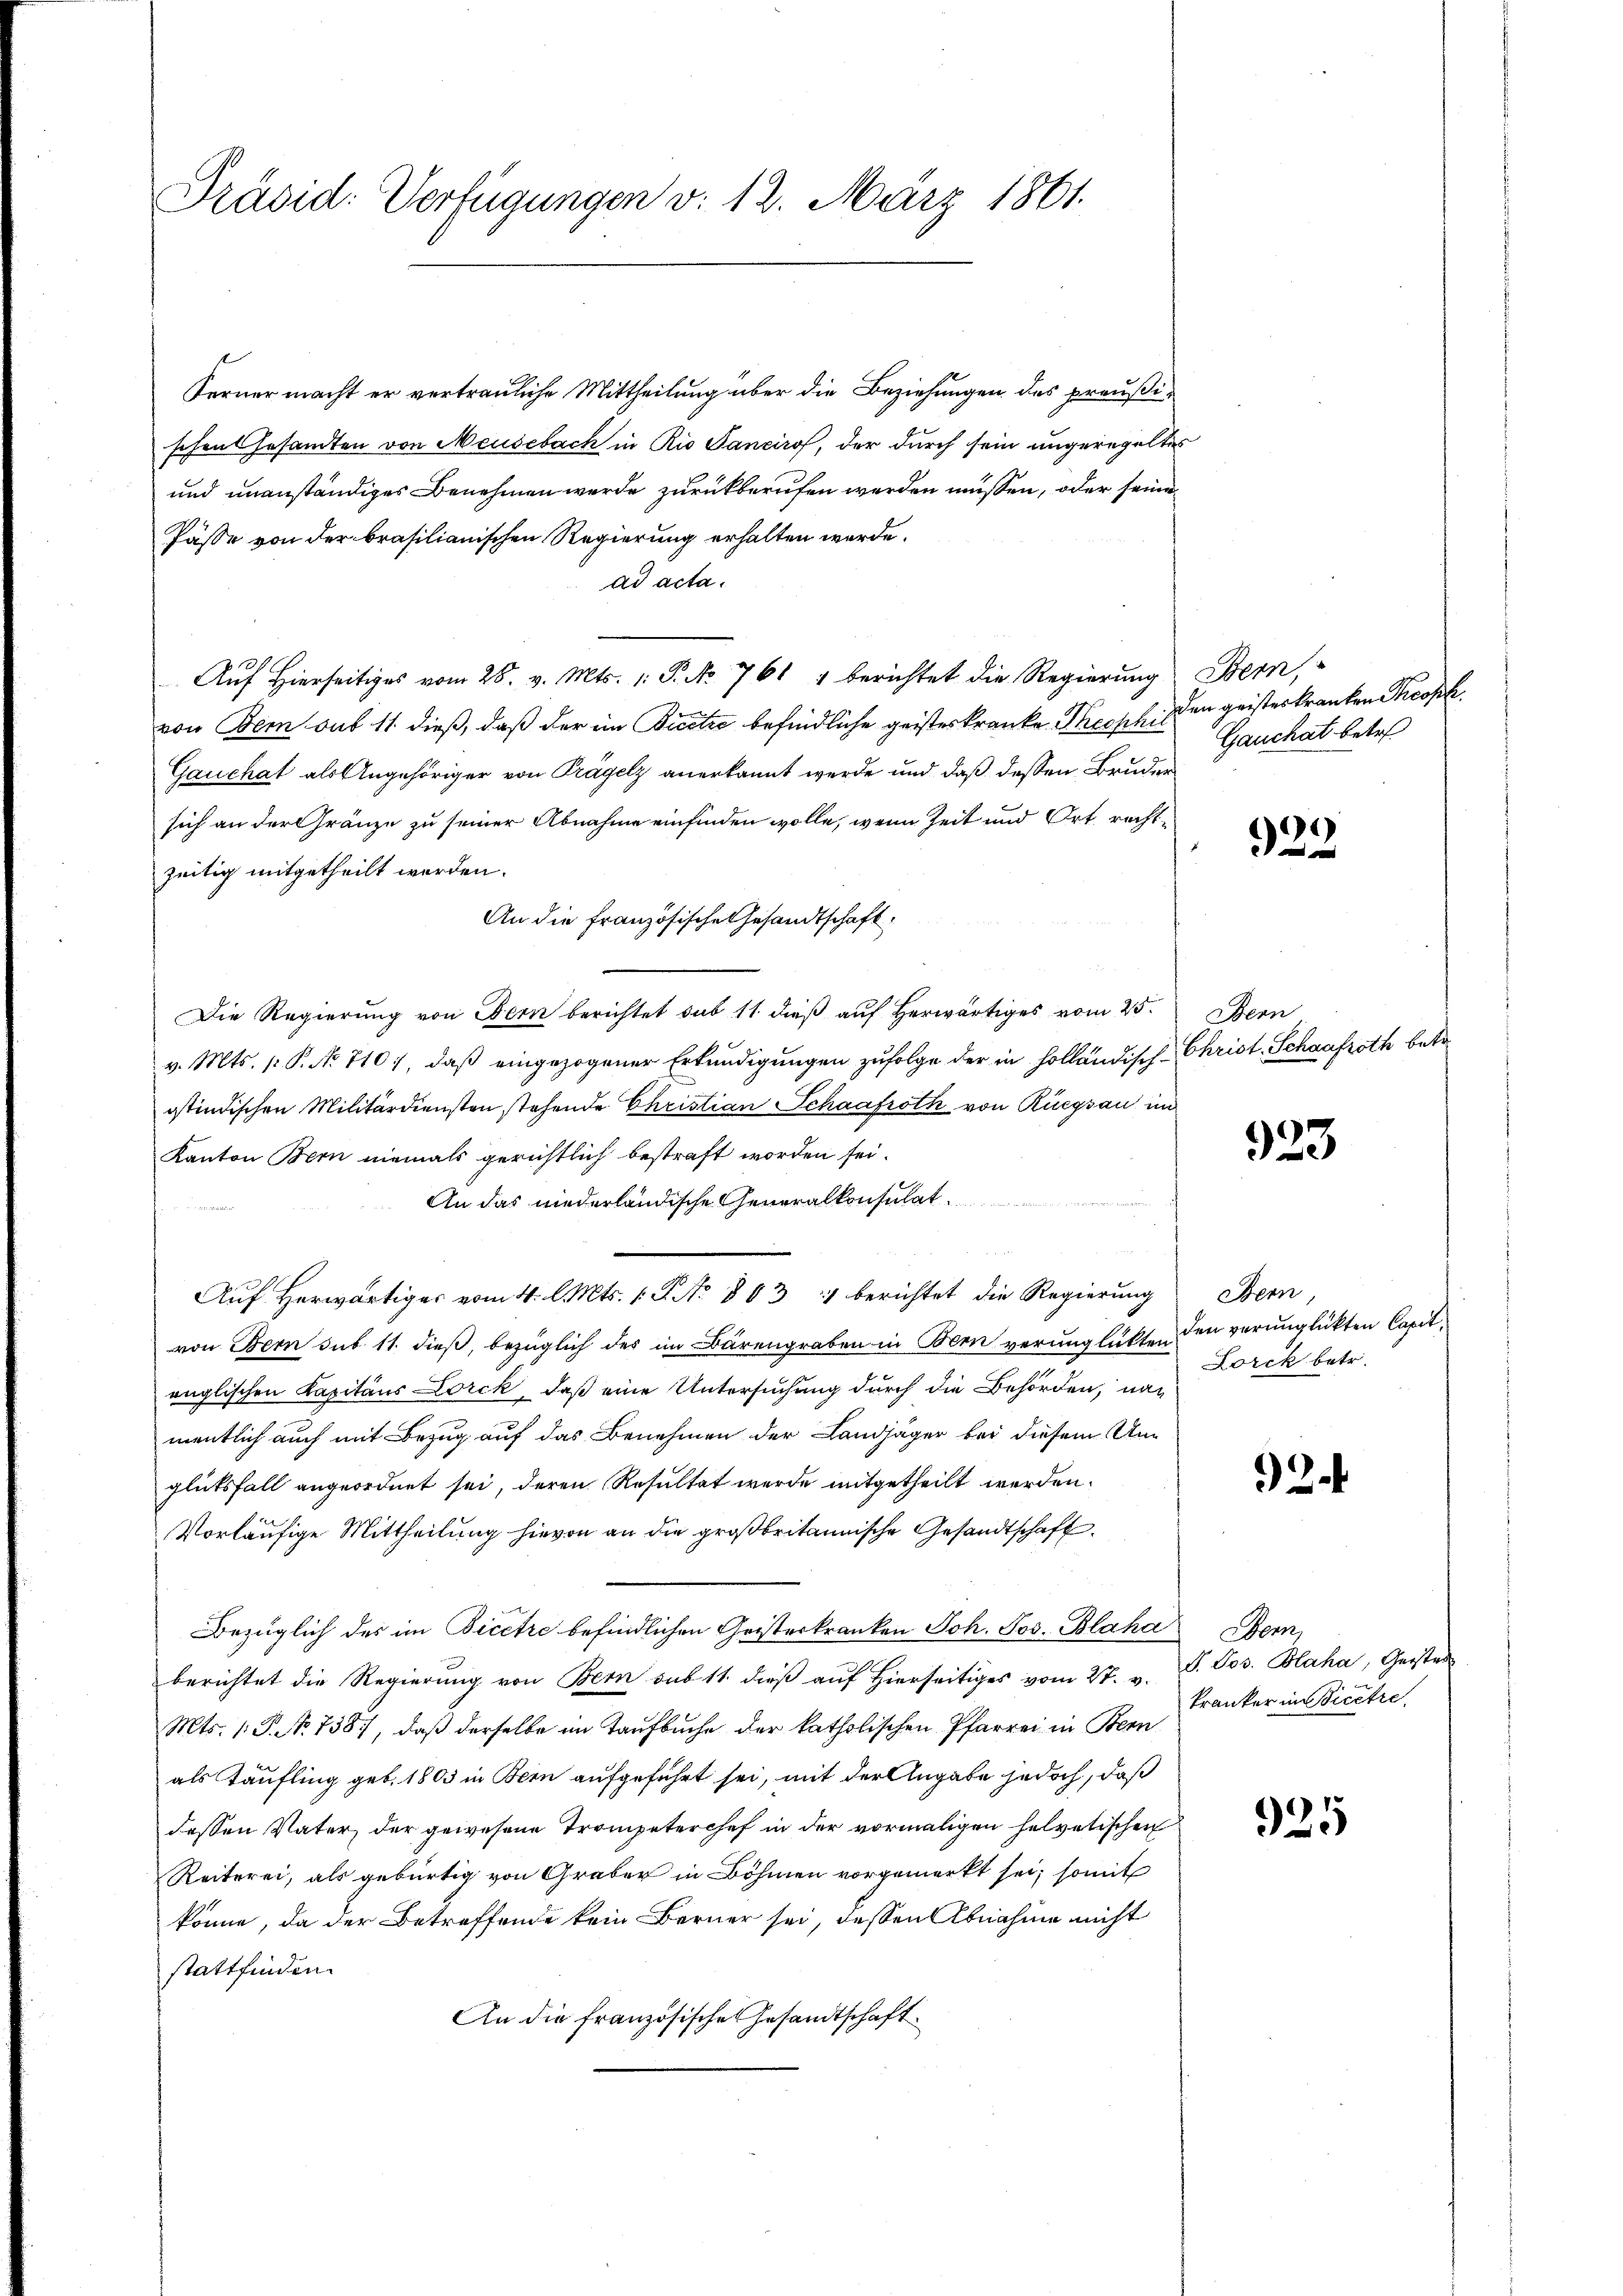
Präsid. Verfügungen v. 12. März 1861.

Ferner macht er vertrauliche Mittheilung über die Beziehungen des preußischen Gesamten von Meusebach in Rio Sancirof, der durch sein ungeregeltes
und unanständiges Benehmen werde zurückberufen werden müssen, oder seine
Pässe von der brasilianischen Regierung erhalten werde.
ad acta.
Auf Hierseitiges vom 28. v. Mts. 1. P. No 761 1 berichtet die Regierung
von Bem sub 11. dieß, daß der im Secetze befindliche geisteskranke, Theoph. den geisteskranken Theoph
Gauchat als Angehöriger von Trägelz anerkannt werde und daß dessen Bruder
sich an der Gränze zu seiner Abnahme einfinden wolle, wenn Zeit und Ort rechtzeitig mitgetheilt werden.
An die französische Gesandtschaft:
Die Regierung von Bern berichtet sub 11 dieß auf herwärtiges vom 25.
v. Mts. p. P. No 710, daß eingezogener Erkundigungen zufolge der in holländisch-Christ. Schaafroth betr.
ostindischen Militärdiensten stehende Christian Schaafroth von Rüegsau im
Kanton Bern niemals gerichtlich bestraft worden sei.
An das niederländische Generalkonsulat
Auf herwärtiges vom 4. l. Mts. 1. P. No 863 :/ berichtet die Regierung Bern,
von Bern sub 11. dieß, bezüglich des im Bärengraben in Bern verunglükten den verunglückten Capitenglischen Kapitaus Lorck, daß eine Untersuchung durch die Behörden, namentlich auch mit Bezug auf das Benehmen der Landjäger bei diesem Unglütsfall angeordnet sei, deren Resultat wurde mitgetheilt werden.
Vorläufige Mittheilung hievon an die großbritannische Gesandtschaft
Bezüglich des im Picere befindlichen Geisterkranken Joh. Jos. Blaha Bern,
berichtet die Regierung von Bern sub 11. dieß auf Hierseitiges vom 27. v. P. Jos. Blaha, Geister
Mts. (: P. No. 738), daß derselbe im Taufbuche der katholischen Pfarrei in Bern
als Taufling geb. 1803 in Bern aufgeführt sei, mit der Angabe jedoch, daß
dessen Vater, der gewesene Trompeterchef in der vormaligen helvetischen
Reiterei, als gebürtig von Graber in Böhmen vorgemerkt sei, somit
könne, da der Betreffende kein Berner sei, dessen Abnahme nicht
stattfinden.
An die französische Gesandtschaft.

Bern,
Gauchat betr

t
d

Obern

923

Lorck betr.

2

kranker in Vicekre

925